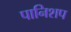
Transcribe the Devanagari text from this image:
पानिशप